Report on vaccination North-West Frontier Province 1904-1922 - 1904-1922
Year: 1904
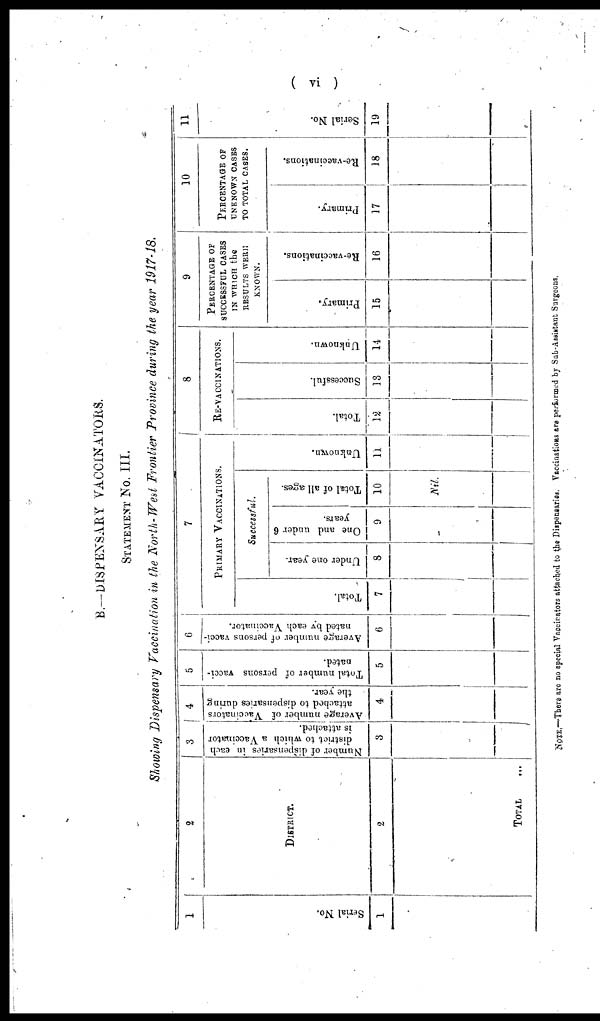
( vi )
B.— DISPENSARY VACCINATORS.
STATEMENT No. III.
Showing Dispensary Vaccination in the North-West Frontier Province during the year 1917-18.
1
Serial No.
1
2
DISTRICT.
2
TOTAL ...
3
Number of dispensaries in each
district to which a Vaccinator
is attached.
3
4
Average number of Vaccinators
attached to dispensaries during
the year.
4
5
Total number of persons vacci-
nated.
5
6
Average number of persons vacci-
nated by each Vaccinator.
6
7
PRIMARY VACCINATIONS.
Total.
7
Successful.
Under one year.
8
One and under 6
years.
9
Total of all ages.
10
Nil.
Unknown.
11
8
RE-VACCINATIONS.
Total.
12
Successful.
13
Unknown.
14
9
PERCENTAGE OF
SUCCESSFUL CASES
IN WHICH the
RESULTS WERE
KNOWN.
Primary.
15
Re-vaccinations.
16
10
PERCENTAGE OF
UNKNOWN CASES
TO TOTAL CASES.
Primary.
17
Re-vaccinations.
18
11
Serial No.
19
NOTE.—There are no special Vaccinators attached to the Dispensarias. Vaccinations are performed by Sub-Assistant Surgeons.